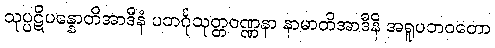
သုပ္ပဋိပန္နောတိအာဒီနံ ပဘင်္ဂုသုတ္တဝဏ္ဏနာ နာမာတိအာဒီနိ အရူပဘဝတော